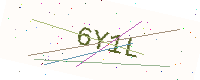
Text: 6Y1L